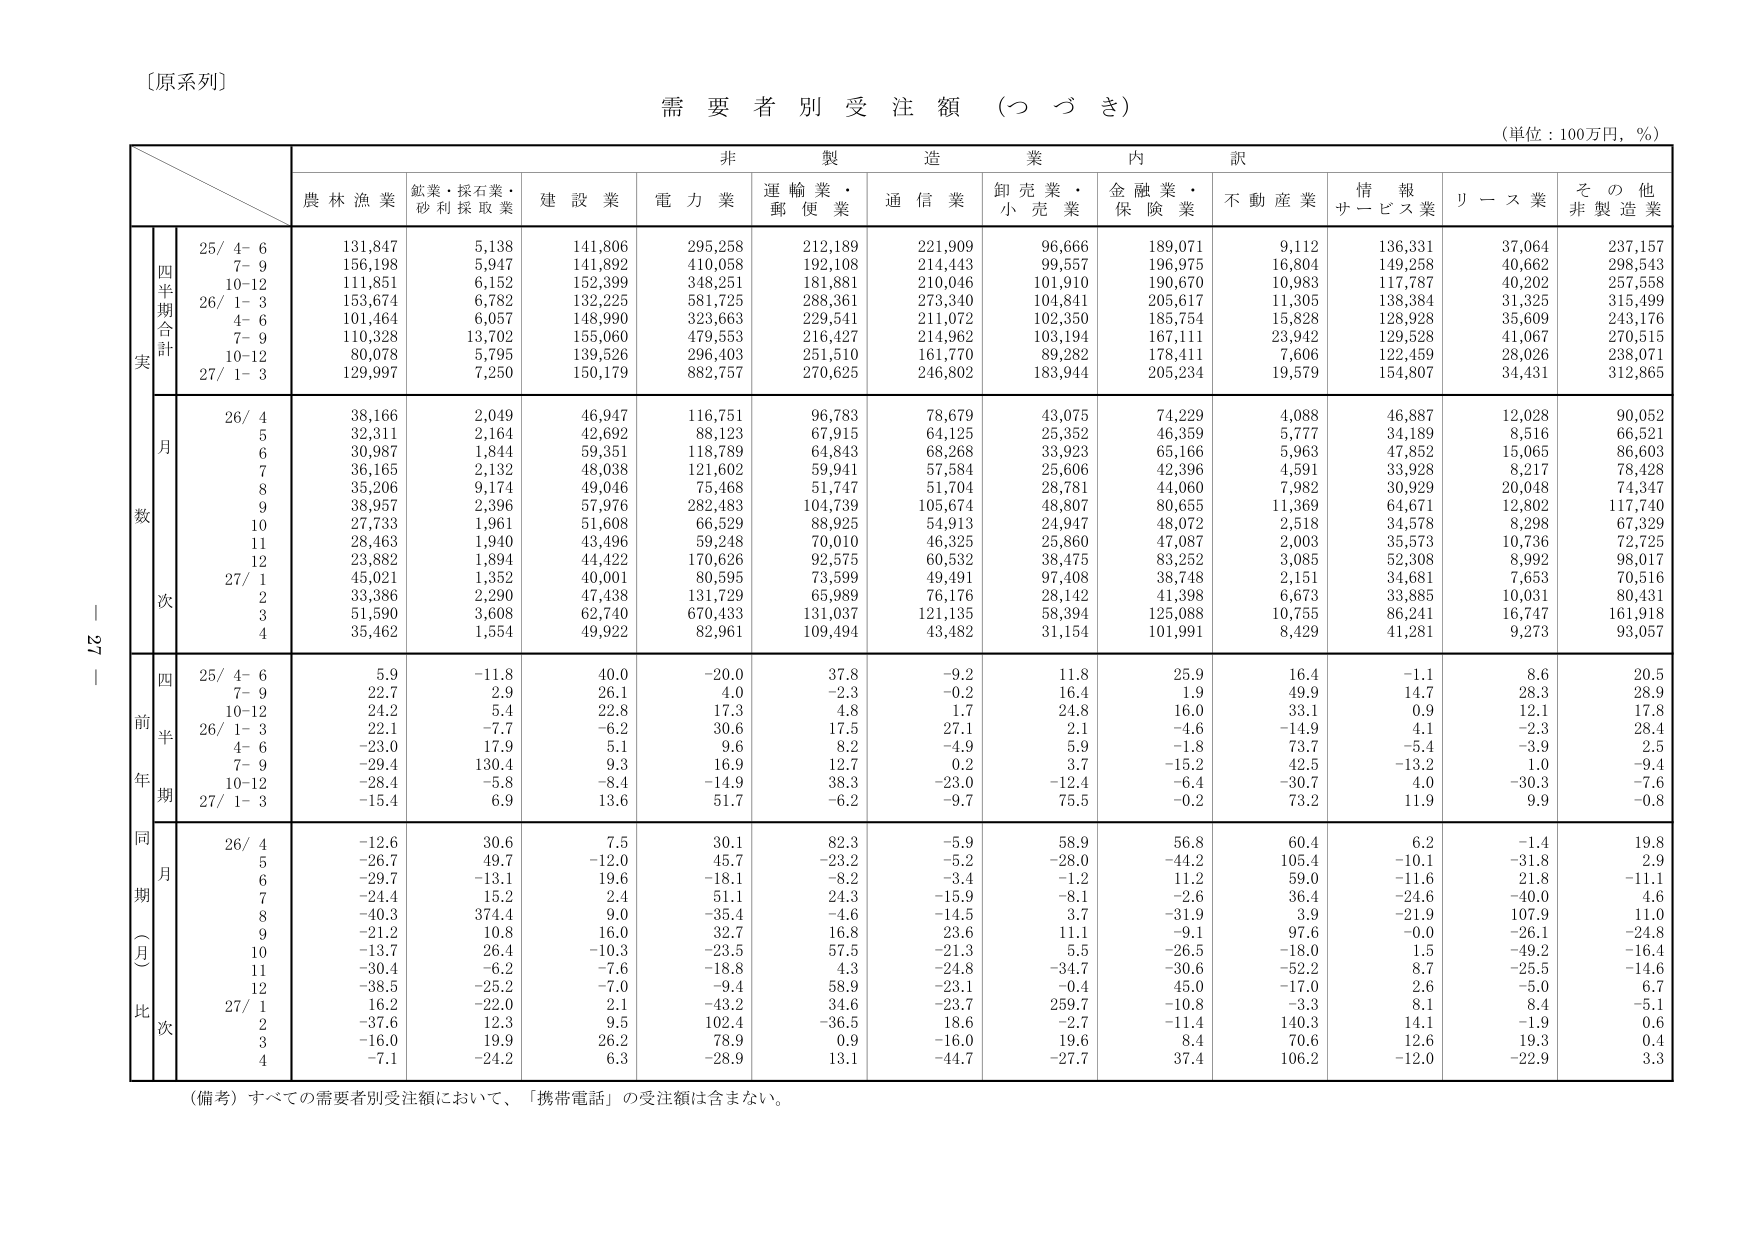
〔原系列〕

需要者別受注額（つづき）

（単位：100万円，％）

非製造業内訳

農林漁業　鉱業・採石業・砂利採取業　建設業　電力業　運輸業・郵便業　通信業　卸売業・小売業　金融業・保険業　不動産業　情報サービス業　リース業　その他非製造業

四半期合計
実
25/ 4- 6　131,847　5,138　141,806　295,258　212,189　221,909　96,666　189,071　9,112　136,331　37,064　237,157
　7- 9　156,198　5,947　141,892　410,058　192,108　214,443　99,557　196,975　16,804　149,258　40,662　298,543
　10-12　111,851　6,152　152,399　348,251　181,881　210,046　101,910　190,670　10,983　117,787　40,202　257,558
26/ 1- 3　153,674　6,782　132,225　581,725　288,361　273,340　104,841　205,617　11,305　138,384　31,325　315,499
　4- 6　101,464　6,057　148,990　323,663　229,541　211,072　102,350　185,754　15,828　128,928　35,609　243,176
　7- 9　110,328　13,702　155,060　479,553　216,427　214,962　103,194　167,111　23,942　129,528　41,067　270,515
　10-12　80,078　5,795　139,526　296,403　251,510　161,770　89,282　178,411　7,606　122,459　28,026　238,071
27/ 1- 3　129,997　7,250　150,179　882,757　270,625　246,802　183,944　205,234　19,579　154,807　34,431　312,865

月
数
26/ 4　38,166　2,049　46,947　116,751　96,783　78,679　43,075　74,229　4,088　46,887　12,028　90,052
　5　32,311　2,164　42,692　88,123　67,915　64,125　25,352　46,359　5,777　34,189　8,516　66,521
　6　30,987　1,844　59,351　118,789　64,843　68,268　33,923　65,166　5,963　47,852　15,065　86,603
　7　36,165　2,132　48,038　121,602　59,941　57,584　25,606　42,396　4,591　33,928　8,217　78,428
　8　35,206　9,174　49,046　75,468　51,747　51,704　28,781　44,060　7,982　30,929　20,048　74,347
　9　38,957　2,396　57,976　282,483　104,739　105,674　48,807　80,655　11,369　64,671　12,802　117,740
　10　27,733　1,961　51,608　66,529　88,925　54,913　24,947　48,072　2,518　34,578　8,298　67,329
　11　28,463　1,940　43,496　59,248　70,010　46,325　25,860　47,087　2,003　35,573　10,736　72,725
　12　23,882　1,894　44,422　170,626　92,575　60,532　38,475　83,252　3,085　52,308　8,992　98,017
27/ 1　45,021　1,352　40,001　80,595　73,599　49,491　97,408　38,748　2,151　34,681　7,653　70,516
　2　33,386　2,290　47,438　131,729　65,989　76,176　28,142　41,398　6,673　33,885　10,031　80,431
　3　51,590　3,608　62,740　670,433　131,037　121,135　58,394　125,088　10,755　86,241　16,747　161,918
　4　35,462　1,554　49,922　82,961　109,494　43,482　31,154　101,991　8,429　41,281　9,273　93,057

前年同期
四半期
25/ 4- 6　5.9　-11.8　40.0　-20.0　37.8　-9.2　11.8　25.9　16.4　-1.1　8.6　20.5
　7- 9　22.7　2.9　26.1　4.0　-2.3　-0.2　16.4　1.9　49.9　14.7　28.3　28.9
　10-12　24.2　5.4　22.8　17.3　4.8　1.7　24.8　16.0　33.1　0.9　12.1　17.8
26/ 1- 3　22.1　-7.7　-6.2　30.6　17.5　27.1　2.1　-4.6　-14.9　4.1　-2.3　28.4
　4- 6　-23.0　17.9　5.1　9.6　8.2　-4.9　5.9　-1.8　73.7　-5.4　-3.9　2.5
　7- 9　-29.4　130.4　9.3　16.9　12.7　0.2　3.7　-15.2　42.5　-13.2　1.0　-9.4
　10-12　-28.4　-5.8　-8.4　-14.9　38.3　-23.0　-12.4　-6.4　-30.7　4.0　-30.3　-7.6
27/ 1- 3　-15.4　6.9　13.6　51.7　-6.2　-9.7　75.5　-0.2　73.2　11.9　9.9　-0.8

同期（月）比
26/ 4　-12.6　30.6　7.5　30.1　82.3　-5.9　58.9　56.8　60.4　6.2　-1.4　19.8
　5　-26.7　49.7　-12.0　45.7　-23.2　-5.2　-28.0　-44.2　105.4　-10.1　-31.8　2.9
　6　-29.7　-13.1　19.6　-18.1　-8.2　-3.4　-1.2　11.2　59.0　-11.6　21.8　-11.1
　7　-24.4　15.2　2.4　51.1　24.3　-15.9　-8.1　-2.6　36.4　-24.6　-40.0　4.6
　8　-40.3　374.4　9.0　-35.4　-4.6　-14.5　3.7　-31.9　3.9　-21.9　107.9　11.0
　9　-21.2　10.8　16.0　32.7　16.8　23.6　11.1　-9.1　97.6　-0.0　-26.1　-24.8
　10　-13.7　26.4　-10.3　-23.5　57.5　-21.3　5.5　-26.5　-18.0　1.5　-49.2　-16.4
　11　-30.4　-6.2　-7.6　-18.8　4.3　-24.8　-34.7　-30.6　-52.2　8.7　-25.5　-14.6
　12　-38.5　-25.2　-7.0　-9.4　58.9　-23.1　-0.4　45.0　-17.0　2.6　-5.0　6.7
27/ 1　16.2　-22.0　2.1　-43.2　34.6　-23.7　259.7　-10.8　-3.3　8.1　8.4　-5.1
　2　-37.6　12.3　9.5　102.4　-36.5　18.6　-2.7　-11.4　140.3　14.1　-1.9　0.6
　3　-16.0　19.9　26.2　78.9　0.9　-16.0　19.6　8.4　70.6　12.6　19.3　0.4
　4　-7.1　-24.2　6.3　-28.9　13.1　-44.7　-27.7　37.4　106.2　-12.0　-22.9　3.3

（備考）すべての需要者別受注額において、「携帯電話」の受注額は含まない。

｜ 27 ｜